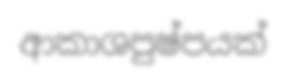
ආකාශපුෂ්පයක්